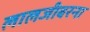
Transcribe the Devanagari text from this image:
लालजीबरना